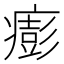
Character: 𤺬